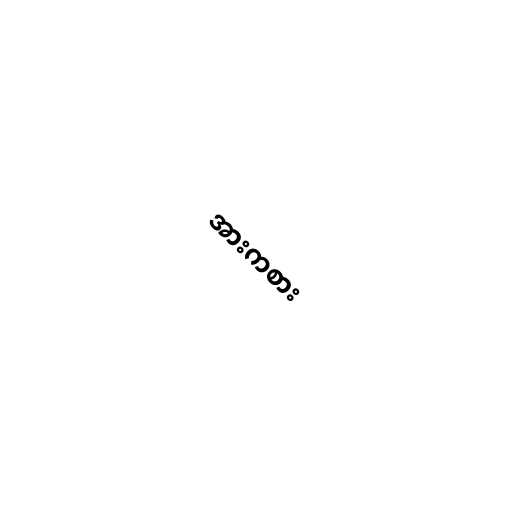
အားကစား